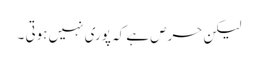
لیکن حرص ہے کہ پوری نہیں ہوتی ۔